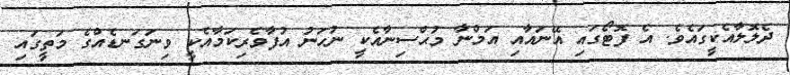
ދެލޮލާއެކީގައެވެ. އެ ފޮޓޯގައި އޭނައާއި އަމްނާ މުޙްސިނާއެކީ ނުހަނު އުފާވެރިކަމާއެކީ ވިނަގަނޑެއްގެ މަތީގައި